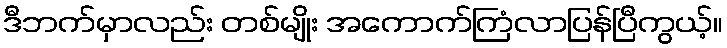
ဒီဘက်မှာလည်း တစ်မျိုး အကောက်ကြံလာပြန်ပြီကွယ့်။